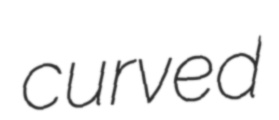
curved